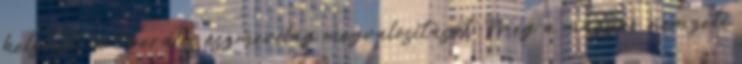
helyezte a liberális eszmevilág megvalósítását. Még a magyar nemzeti